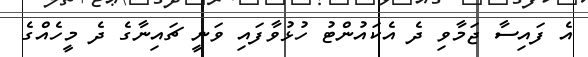
އެ ފައިސާ ޖަމާވި ދެ އެކައުންޓު ހުޅުވާފައި ވަނީ ޗައިނާގެ ދެ މީހެއްގެ